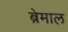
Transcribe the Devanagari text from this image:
ब्रेमाल